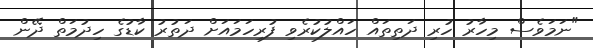
"ނަމަވެސް މިހާރު ހުރި ދަތިތައް ހައްލުކުރެވި ފުރިހަމައަށް ދަތުރު ކާޑުގެ ހިދުމަތް ދޭން